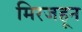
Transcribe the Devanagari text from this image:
मिरजहून